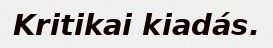
Kritikai kiadás.